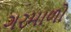
ગરમાળો